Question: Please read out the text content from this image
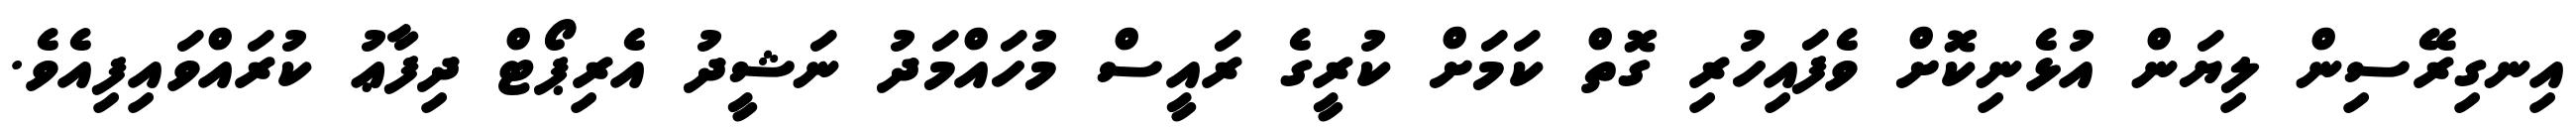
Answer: އިނގިރޭސިން ލިޔަން އުޅެނިކޮށް ވެފައިހުރި ގޮތް ކަމަށް ކުރީގެ ރައީސް މުހައްމަދު ނަޝީދު އެރިޕޯޓް ދިފާޢު ކުރައްވައިފިއެވެ.